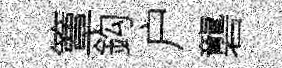
簟鈎户礱